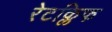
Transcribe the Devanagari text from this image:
रेटक्लिफ